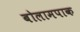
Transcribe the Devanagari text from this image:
बोलामपाक